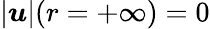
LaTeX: |\boldsymbol{u}|(r=+\infty)=0